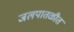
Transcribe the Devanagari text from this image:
जलपातळीत